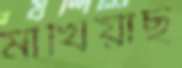
মাখিয়াছ